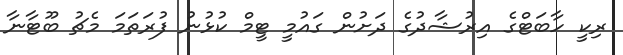
ރިކީ ހާބަޓްގެ އިރުޝާދުގެ ދަށުން ގައުމީ ޓީމް ކުޅުނު ފުރަތަމަ މެޗު ބޫޓާނާ